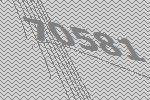
70581